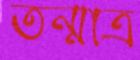
তন্মাত্র